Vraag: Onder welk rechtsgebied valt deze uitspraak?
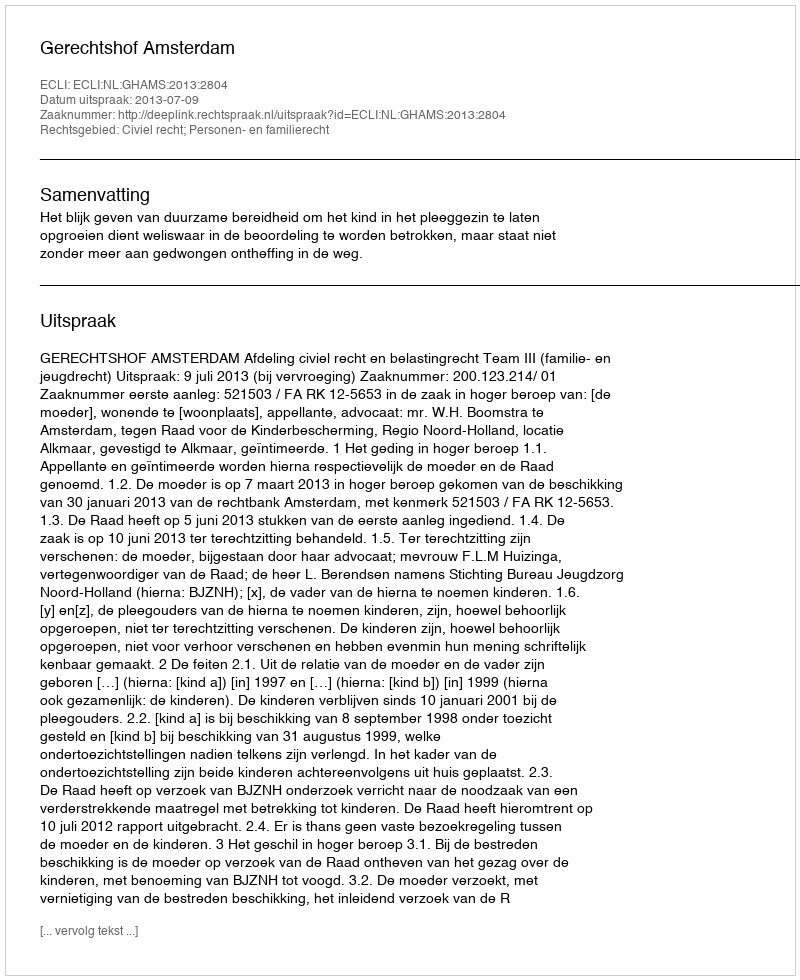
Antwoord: Civiel recht; Personen- en familierecht